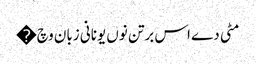
مٹی دے اس برتن نوں یونانی زبان وچ �